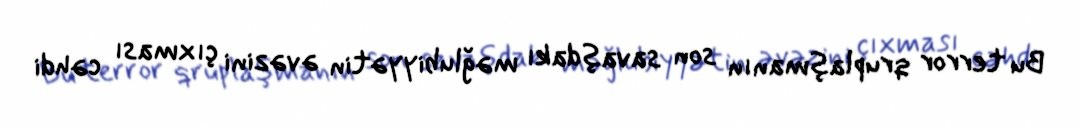
Bu terror qruplaşmanın son savaşdakı məğlubiyyətin əvəzini çıxması cəhdi